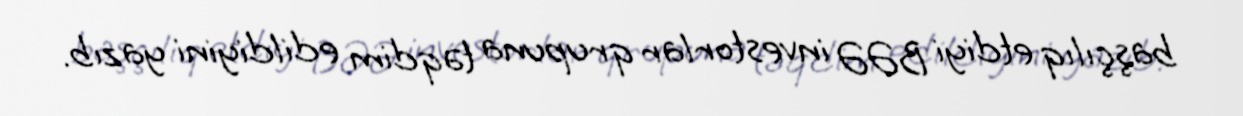
başçılıq etdiyi BƏƏ investorlar qrupuna təqdim edildiyini yazıb.